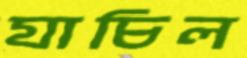
যাচিল